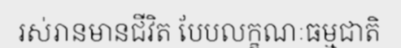
រស់រានមានជីវិត បែបលក្ខណៈធម្មជាតិ